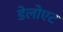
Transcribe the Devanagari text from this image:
डेलोएट